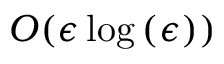
O ( \epsilon \log { ( \epsilon ) } )